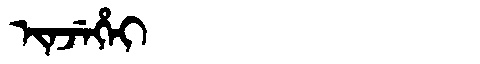
Manchu: ᡳᠨᠵᡝᡥᡝᡳ
Romanization: INJEHEI